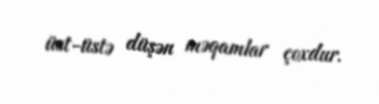
üst-üstə düşən məqamlar çoxdur.